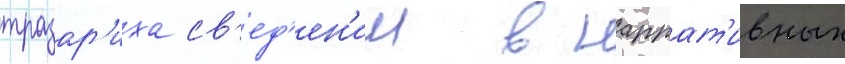
тразар'иха св'ед'ен'ии в наррат'ивных